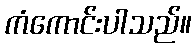
ကံကောင်းပါသည်။